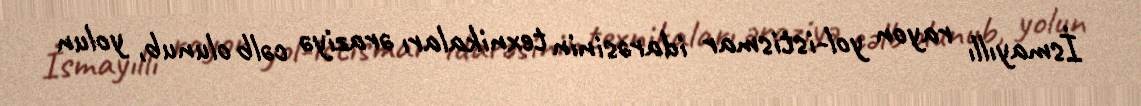
İsmayıllı rayon yol-istismar idarəsinin texnikaları əraziyə cəlb olunub, yolun